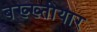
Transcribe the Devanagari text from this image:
बख्ख्तीयार